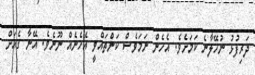
ދަރިފުޅު ނުހޭލާނެ ކަމަށެވެ. އެހެން ނަމަވެސް ކަންތައްވީ އެހެނެއް ނޫނެވެ. އޭނާ ގެއަށް